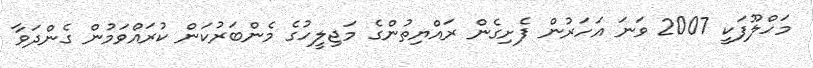
މަހްލޫފަކީ 2007 ވަނަ އަހަރުން ފެށިގެން ރައްޔިތުންގެ މަޖިލީހުގެ މެންބަރުކަން ކުރައްވަމުން ގެންދަވާ